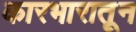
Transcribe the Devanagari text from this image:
कारभारातून